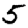
Digit: 5